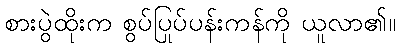
စားပွဲထိုးက စွပ်ပြုပ်ပန်းကန်ကို ယူလာ၏။